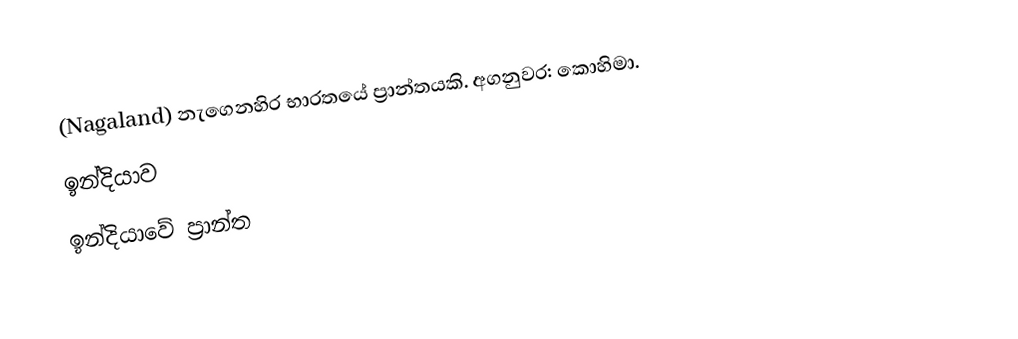
(Nagaland) නැගෙනහිර භාරතයේ ප්‍රාන්තයකි. අගනුවර: කොහිමා.
ඉන්දියාව
ඉන්දියාවේ ප්‍රාන්ත